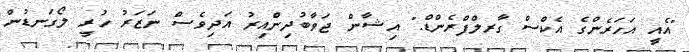
"އެއީ އަހަރެންގެ އެކްސް ގާރލްފްރެންޑް." އިޝާން ޖަވާބުދިންއިރު އަދިވެސް ނަޒަރު ހުރީ ލޯގަނޑުން